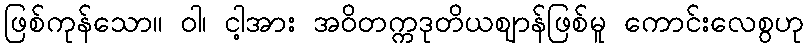
ဖြစ်ကုန်သော။ ဝါ၊ ငါ့အား အဝိတက္ကဒုတိယဈာန်ဖြစ်မူ ကောင်းလေစွဟု